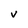
Character: v